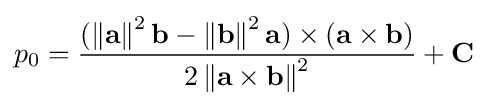
p_{0}={\frac {(\left\|\mathbf {a} \right\|^{2}\mathbf {b} -\left\|\mathbf {b} \right\|^{2}\mathbf {a} )\times (\mathbf {a} \times \mathbf {b} )}{2\left\|\mathbf {a} \times \mathbf {b} \right\|^{2}}}+\mathbf {C}